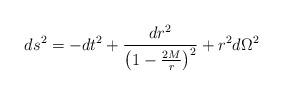
LaTeX: \begin{align*}ds^{2} = -dt^{2} + \frac{dr^{2}}{\left ( 1 - \frac{2M}{r} \right )^{2}}+ r^{2} d\Omega^{2}\end{align*}